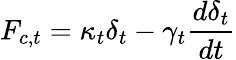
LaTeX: F_{c,t}=\kappa_{t}\delta_{t}-\gamma_{t}\frac{d\delta_{t}}{dt}